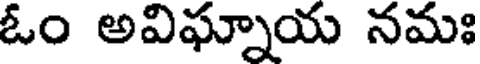
ఓం అవిఘ్నాయ నమః